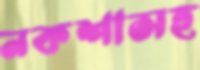
নকশাসহ